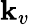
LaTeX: \mathbf{k}_{v}